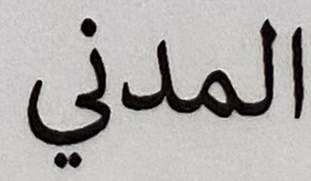
المدن